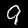
Label: 9